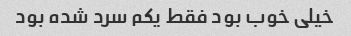
خیلی خوب بود فقط یکم سرد شده بود